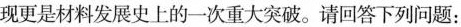
现更是材料发展史上的一次重大突破。请回答下列问题：